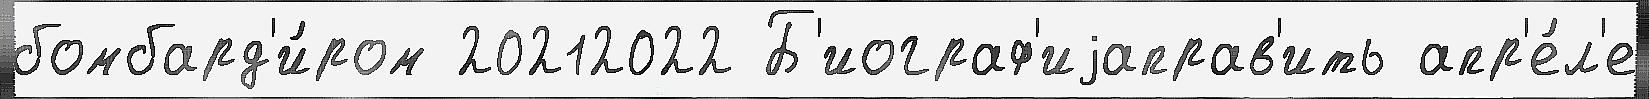
бомбард'и́ром 20212022 Б'иограф'иjаправ'ить апр'е́л'е